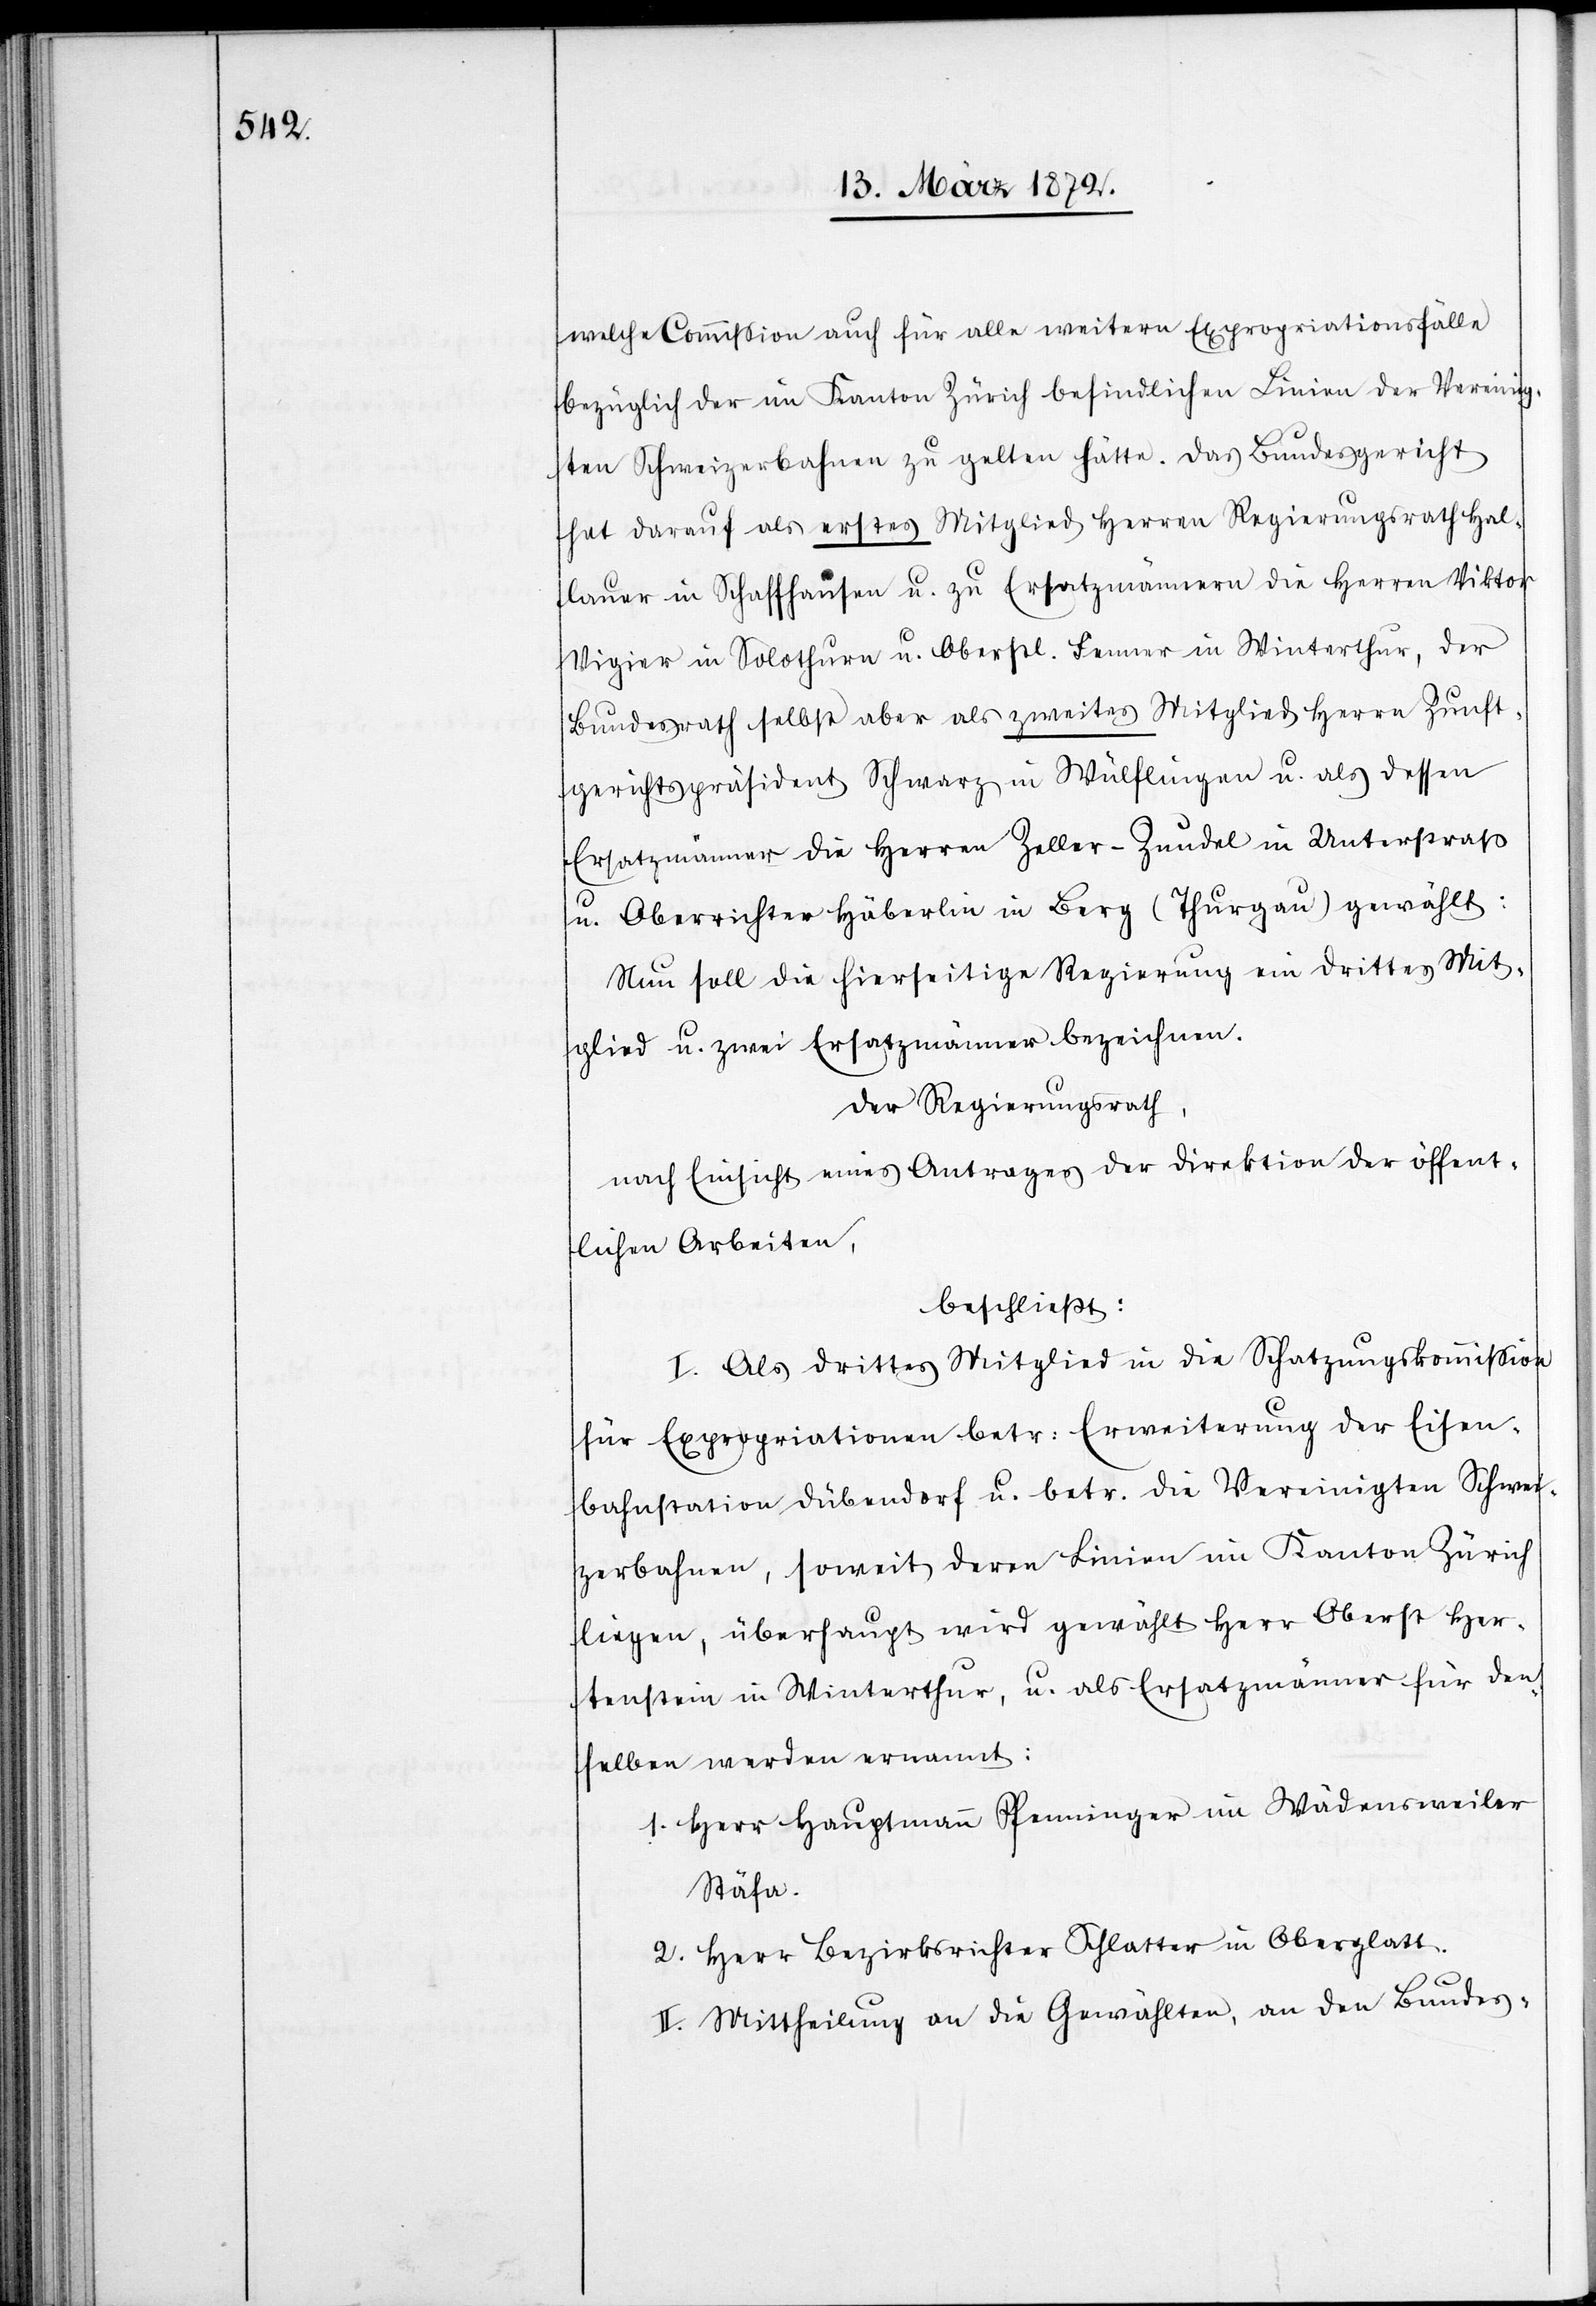
welche Commission auch für alle weitern Expropriationsfälle
bezüglich der im Kanton Zürich befindlichen Linien der Vereinig¬
ten Schweizerbahnen zu gelten hätte. Das Bundesgericht
hat darauf als erstes Mitglied Herren Regierungsrath Hal¬
lauer in Schaffhausen u. zu Ersatzmännern die Herren Viktor
Vigier in Solothurn u. Oberstl. Fenner in Winterthur, der
Bundesrath selbst aber als zweites Mitglied Herrn Zunft¬
gerichtspräsident Schwarz in Wülflingen u. als dessen
Ersatzmänner die Herren Zeller-Zundel in Unterstraß
u. Oberrichter Häberlin in Berg (Thurgau) gewählt:
Nun soll die hierseitige Regierung ein drittes Mit¬
glied u. zwei Ersatzmänner bezeichnen.
Der Regierungsrath,
nach Einsicht eines Antrages der Direktion der öffent¬
lichen Arbeiten,
beschließt:
I. Als drittes Mitglied in die Schatzungskommission
für Expropriationen betr: Erweiterung der Eisen¬
bahnstation Dübendorf u. betr. die Vereinigten Schwei¬
zerbahnen, soweit deren Linien im Kanton Zürich
liegen, überhaupt wird gewählt Herr Oberst Her¬
tenstein in Winterthur, u. als Ersatzmänner für den¬
selben werden ernannt:
1. Herr Hauptmann Pfenninger im Wädensweiler
Stäfa.
2. Herr Bezirksrichter Schlatter in Oberglatt.
II. Mittheilung an die Gewählten, an den Bundes-